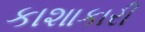
કાશાકારી